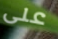
على